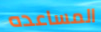
المساعده